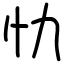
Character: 忇